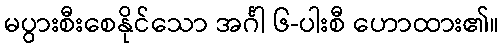
မပွားစီးစေနိုင်သော အင်္ဂါ ၆-ပါးစီ ဟောထား၏။